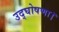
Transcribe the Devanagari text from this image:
उद्घोषणा।